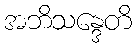
အဘိသန္ဒေတိ